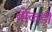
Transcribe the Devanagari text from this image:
बोकडी